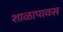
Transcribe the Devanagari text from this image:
शाळापावस